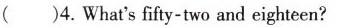
()4.What'sfifty-two and eighteen?